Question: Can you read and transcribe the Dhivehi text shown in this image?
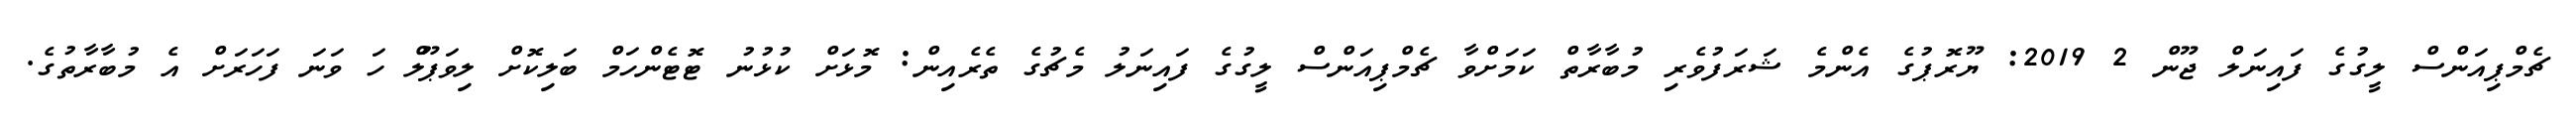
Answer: ޗެމްޕިއަންސް ލީގުގެ ފައިނަލް ޖޫން 2 2019: ޔޫރޮޕުގެ އެންމެ ޝަރަފުވެރި މުބާރާތް ކަމަށްވާ ޗެމްޕިއަންސް ލީގުގެ ފައިނަލު މެޗުގެ ތެރެއިން: މޮޅަށް ކުޅުނު ޓޮޓެންހަމް ބަލިކޮށް ލިވަޕޫލް ހަ ވަނަ ފަހަރަށް އެ މުބާރާތުގެ.